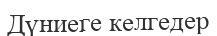
Дүниеге келгедер